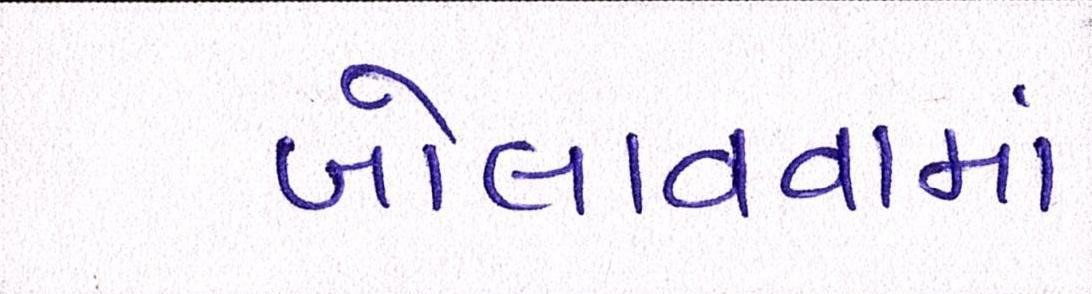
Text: બોલાવવામાં